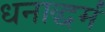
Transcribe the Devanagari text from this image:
धनाद्धर्मं